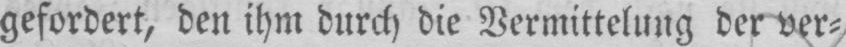
gefordert, den ihm durch die Vermittelung der ver⸗